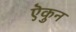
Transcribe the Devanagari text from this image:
ऎकुन